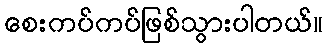
စေးကပ်ကပ်ဖြစ်သွားပါတယ်။